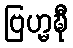
ဗြဟ္မဍ္ဎီ